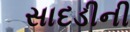
સાદડીની